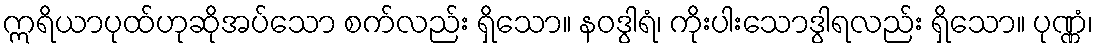
ဣရိယာပုထ်ဟုဆိုအပ်သော စက်လည်း ရှိသော။ နဝဒွါရံ၊ ကိုးပါးသောဒွါရလည်း ရှိသော။ ပုဏ္ဏံ၊